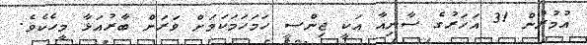
އުމުރުން 31 އަހަރުގެ ސާނިއާ އަކީ ޖިންސީ ހަމަހަމަކަމަށް ވަރަށް ބާރުއަޅާ މީހެކެވެ.